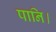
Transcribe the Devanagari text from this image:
पानि।